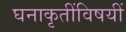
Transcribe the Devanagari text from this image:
घनाकृतींविषयीं